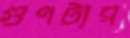
গুণটার